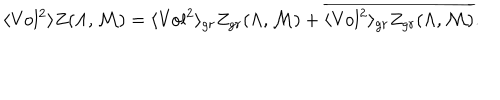
LaTeX: \langle \mathrm { V o l } ^ { 2 } \rangle Z ( \Lambda , { \cal M } ) = \langle \mathrm { V o l } ^ { 2 } \rangle _ { g r } Z _ { g r } ( \Lambda , { \cal M } ) + \overline { { { \langle \mathrm { V o l } ^ { 2 } \rangle _ { g r } Z _ { g r } ( \Lambda , { \cal M } ) } } } .